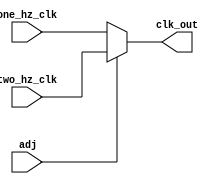
`timescale 1ns / 1ps
//////////////////////////////////////////////////////////////////////////////////
// Company: 
// Engineer: 
// 
// Design Name: 
// Module Name:    counter_clock 
// Project Name: 
// Target Devices: 
// Tool versions: 
// Description: 
//
// Dependencies: 
//
// Revision: 
// Revision 0.01 - File Created
// Additional Comments: 
//
//////////////////////////////////////////////////////////////////////////////////
module Counter_Clock(
    input one_hz_clk,
    input two_hz_clk,
    input adj,
    output clk_out
    );
	 
reg clock;

assign clk_out = clock;

always @ *
begin
	if (adj)
	begin
		clock = two_hz_clk;
	end
	
	else
	begin
		clock = one_hz_clk;
	end
end

endmodule